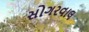
સોગરવાલ